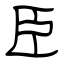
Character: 臣